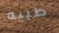
طبيه